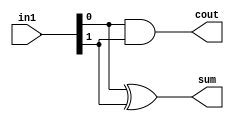
`timescale 1ns / 1ps
//////////////////////////////////////////////////////////////////////////////////
// Company: 
// Engineer: 
// 
// Design Name: 
// Module Name:    half_adder 
// Project Name: 
// Target Devices: 
// Tool versions: 
// Description: 
//
// Dependencies: 
//
// Revision: 
// Revision 0.01 - File Created
// Additional Comments: 
//
//////////////////////////////////////////////////////////////////////////////////
module half_adder(in1, sum, cout);

input [1:0] in1 ;
output sum ;
output cout ;


assign sum = (in1[0] ^in1[1]);
assign cout = (in1[0] &in1[1]) ;

endmodule